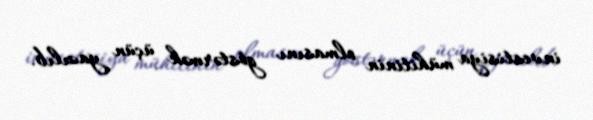
investisiya mühitinin olmasını göstərmək üçün yazılıb.